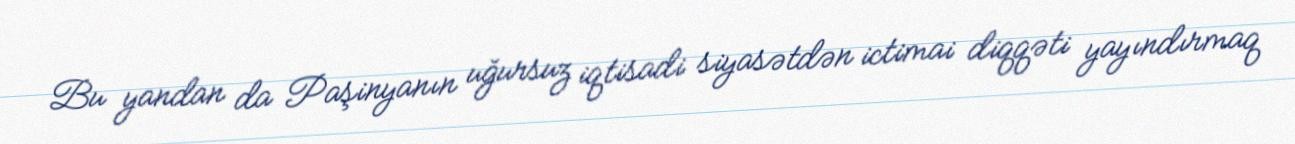
Bu yandan da Paşinyanın uğursuz iqtisadi siyasətdən ictimai diqqəti yayındırmaq